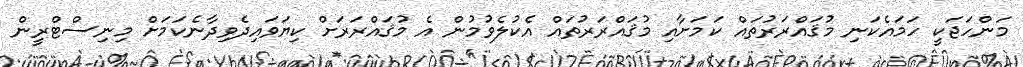
މަންހަޖަކީ ހަމައެކަނި މުޤައްރަރުތައް ކަމަށާއި މުޤައްރަރުތައް އެކުލެވުމުން އެ މުޤައްރަރަށް ކިޔަވައިދެވިދާނެކަމަށް މިނިސްޓްރީން